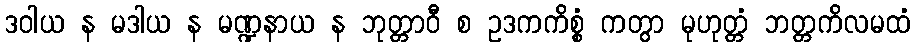
ဒဝါယ န မဒါယ န မဏ္ဍနာယ န ဘုတ္တာဝီ စ ဥဒကကိစ္စံ ကတွာ မုဟုတ္တံ ဘတ္တကိလမထံ